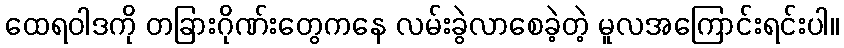
ထေရဝါဒကို တခြားဂိုဏ်းတွေကနေ လမ်းခွဲလာစေခဲ့တဲ့ မူလအကြောင်းရင်းပါ။